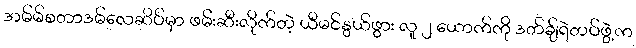
အမ်မ်စတာဒမ်လေဆိပ်မှာ ဖမ်းဆီးလိုက်တဲ့ ယီမင်နွယ်ဖွား လူ ၂ ယောက်ကို ဒတ်ချ်ရဲတပ်ဖွဲ့က